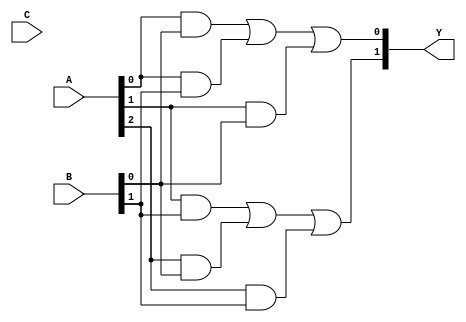
module MaskedPAL (
    input wire [2:0] A,    // 3-bit input
    input wire [2:0] B,    // 3-bit input
    input wire [2:0] C,    // 3-bit input
    output wire [1:0] Y    // 2-bit output
);

// Programmable AND array
wire [7:0] and_out; // 8 AND gates output (2^3 combinations for 3 inputs)

// Define AND gates (programmable connections)
assign and_out[0] = A[0] & B[0];                  // A0 AND B0
assign and_out[1] = A[0] & B[1];                  // A0 AND B1
assign and_out[2] = A[1] & B[0];                  // A1 AND B0
assign and_out[3] = A[1] & B[1];                  // A1 AND B1
assign and_out[4] = A[2] & B[0];                  // A2 AND B0
assign and_out[5] = A[2] & B[1];                  // A2 AND B1
assign and_out[6] = A[0] & C[0];                  // A0 AND C0
assign and_out[7] = A[1] & C[1];                  // A1 AND C1

// Fixed OR array (combining outputs of AND gates)
// Example: Y[0] = AND(0, 1, 2) and Y[1] = AND(3, 4, 5)
assign Y[0] = and_out[0] | and_out[1] | and_out[2]; // Output 1
assign Y[1] = and_out[3] | and_out[4] | and_out[5]; // Output 2

endmodule